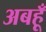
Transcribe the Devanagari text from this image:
अबहूँ